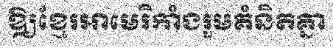
ឱ្យខ្មែរអាមេរិកាំងរួមគំនិតគ្នា